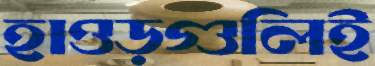
হাওড়গুলিই